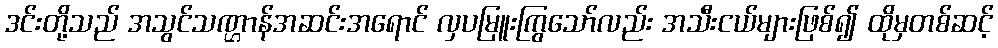
ဒင်းတို့သည် အသွင်သဏ္ဌာန်အဆင်းအရောင် လှပမြူးကြွသော်လည်း အသီးငယ်များဖြစ်၍ ထိုမှတစ်ဆင့်